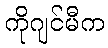
ကိုဂျင်မီက